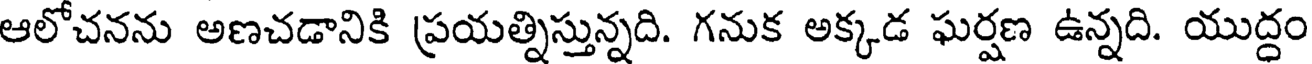
ఆలోచనను అణచడానికి ప్రయత్నిస్తున్నది. గనుక అక్కడ ఘర్షణ ఉన్నది. యుద్దం